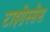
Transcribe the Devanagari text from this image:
टाइग्रेस्सेस